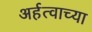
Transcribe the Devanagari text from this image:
अर्हत्वाच्या